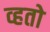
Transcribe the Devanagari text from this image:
व्हतो